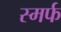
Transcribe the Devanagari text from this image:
स्मर्फ